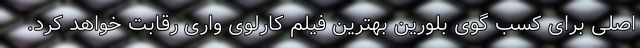
اصلی برای کسب گوی بلورین بهترین فیلم کارلوی واری رقابت خواهد کرد.